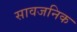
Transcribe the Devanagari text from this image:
सावजनिक